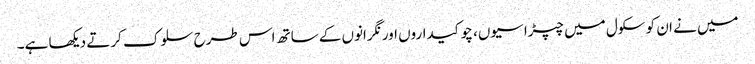
میں نے ان کو سکول میں چپڑاسیوں، چوکیداروں اور نگرانوں کے ساتھ اس طرح سلوک کرتے دیکھا ہے۔